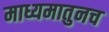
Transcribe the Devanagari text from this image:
माध्यमातुनच